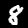
Digit: 8